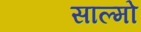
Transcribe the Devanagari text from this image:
साल्मो